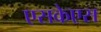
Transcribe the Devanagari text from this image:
एसकेएस